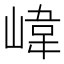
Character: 𡺨